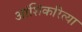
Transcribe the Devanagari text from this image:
आंशिकरित्या